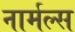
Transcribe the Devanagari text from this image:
नार्मल्स